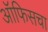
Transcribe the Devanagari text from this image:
ऑफिसचा